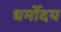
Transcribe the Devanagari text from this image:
धर्मोदय